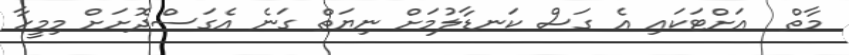
މާތް  އަށްޓަކައި އެ ގަސް ކަނޑާލުމަށް ނިޔަތް ގަނެ އެގަސްދޮށަށް މިމީހާ